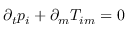
\partial _ { t } p _ { i } + \partial _ { m } T _ { i m } = 0